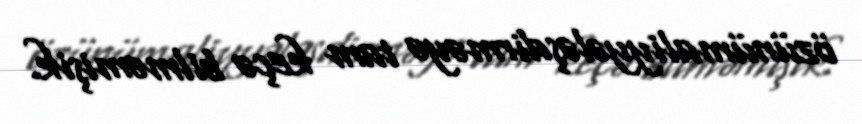
özünümaliyyələşdirməyə tam keçə bilməmişik.